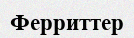
Ферриттер